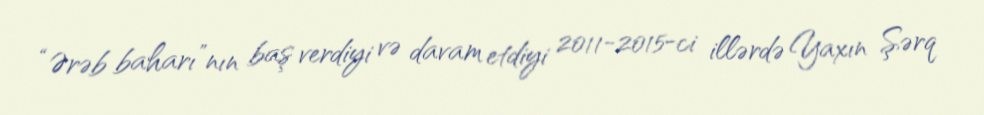
“Ərəb baharı”nın baş verdiyi və davam etdiyi 2011-2015-ci illərdə Yaxın Şərq